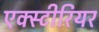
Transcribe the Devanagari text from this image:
एक्स्टीरियर